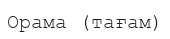
Орама (тағам)